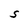
Character: S